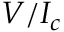
V / I _ { c }